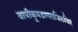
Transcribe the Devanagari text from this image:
वापीकूपडागराजिरुचिरं